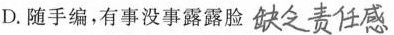
D.随手编，有事没事露露脸 ##缺乏责任感##